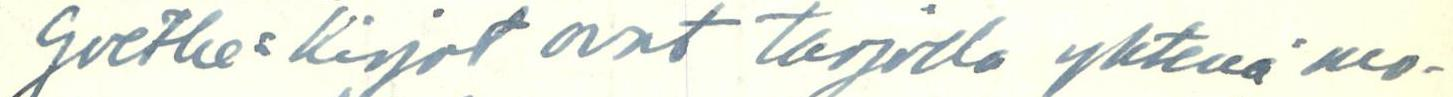
Goethe= kirjat ovat tarjolla yhtenä mo-